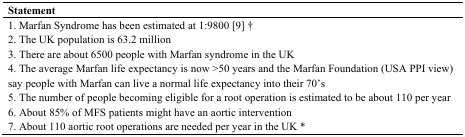
<table><thead><tr><td><b>Statement</b></td></tr></thead><tbody><tr><td>1. Marfan Syndrome has been estimated at 1:9800 [9] †</td></tr><tr><td>2. The UK population is 63.2 million</td></tr><tr><td>3. There are about 6500 people with Marfan syndrome in the UK</td></tr><tr><td>4. The average Marfan life expectancy is now &gt;50 years and the Marfan Foundation (USA PPI view) say people with Marfan can live a normal life expectancy into their 70’s</td></tr><tr><td>5. The number of people becoming eligible for a root operation is estimated to be about 110 per year</td></tr><tr><td>6. About 85% of MFS patients might have an aortic intervention</td></tr><tr><td>7. About 110 aortic root operations are needed per year in the UK *</td></tr></tbody></table>